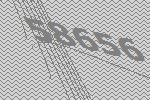
58656